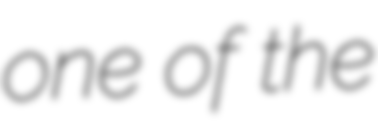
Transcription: one of the